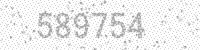
Solution: 589754